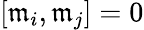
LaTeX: [{\mathfrak{m}}_{i},{\mathfrak{m}}_{j}]=0